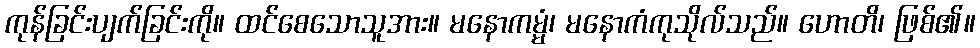
ကုန်ခြင်းပျက်ခြင်းကို။ ထင်စေသောသူအား။ မနောကမ္မံ၊ မနောကံကုသိုလ်သည်။ ဟောတိ၊ ဖြစ်၏။